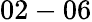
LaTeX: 02-06